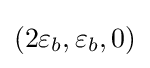
(2\varepsilon _{b},\varepsilon _{b},0)